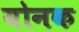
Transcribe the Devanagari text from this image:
योनक